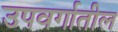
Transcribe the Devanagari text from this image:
उपवर्गातील